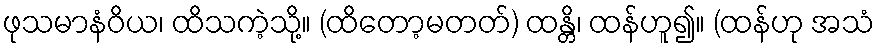
ဖုသမာနံဝိယ၊ ထိသကဲ့သို့။ (ထိတော့မတတ်) ထန္တိ၊ ထန်ဟူ၍။ (ထန်ဟု အသံ